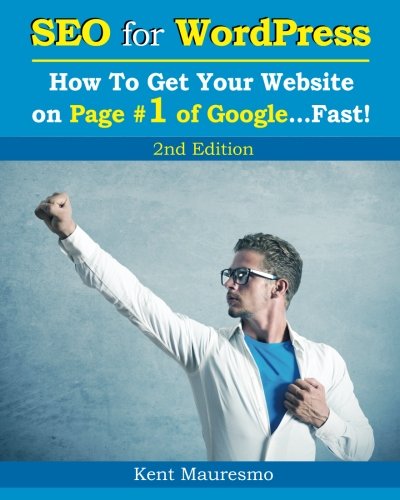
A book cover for SEO for WordPress: How To Get Your Website on Page #1 of Google...Fast! [2nd Edition] (Volume 2); Kent Mauresmo; Computers & Technology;